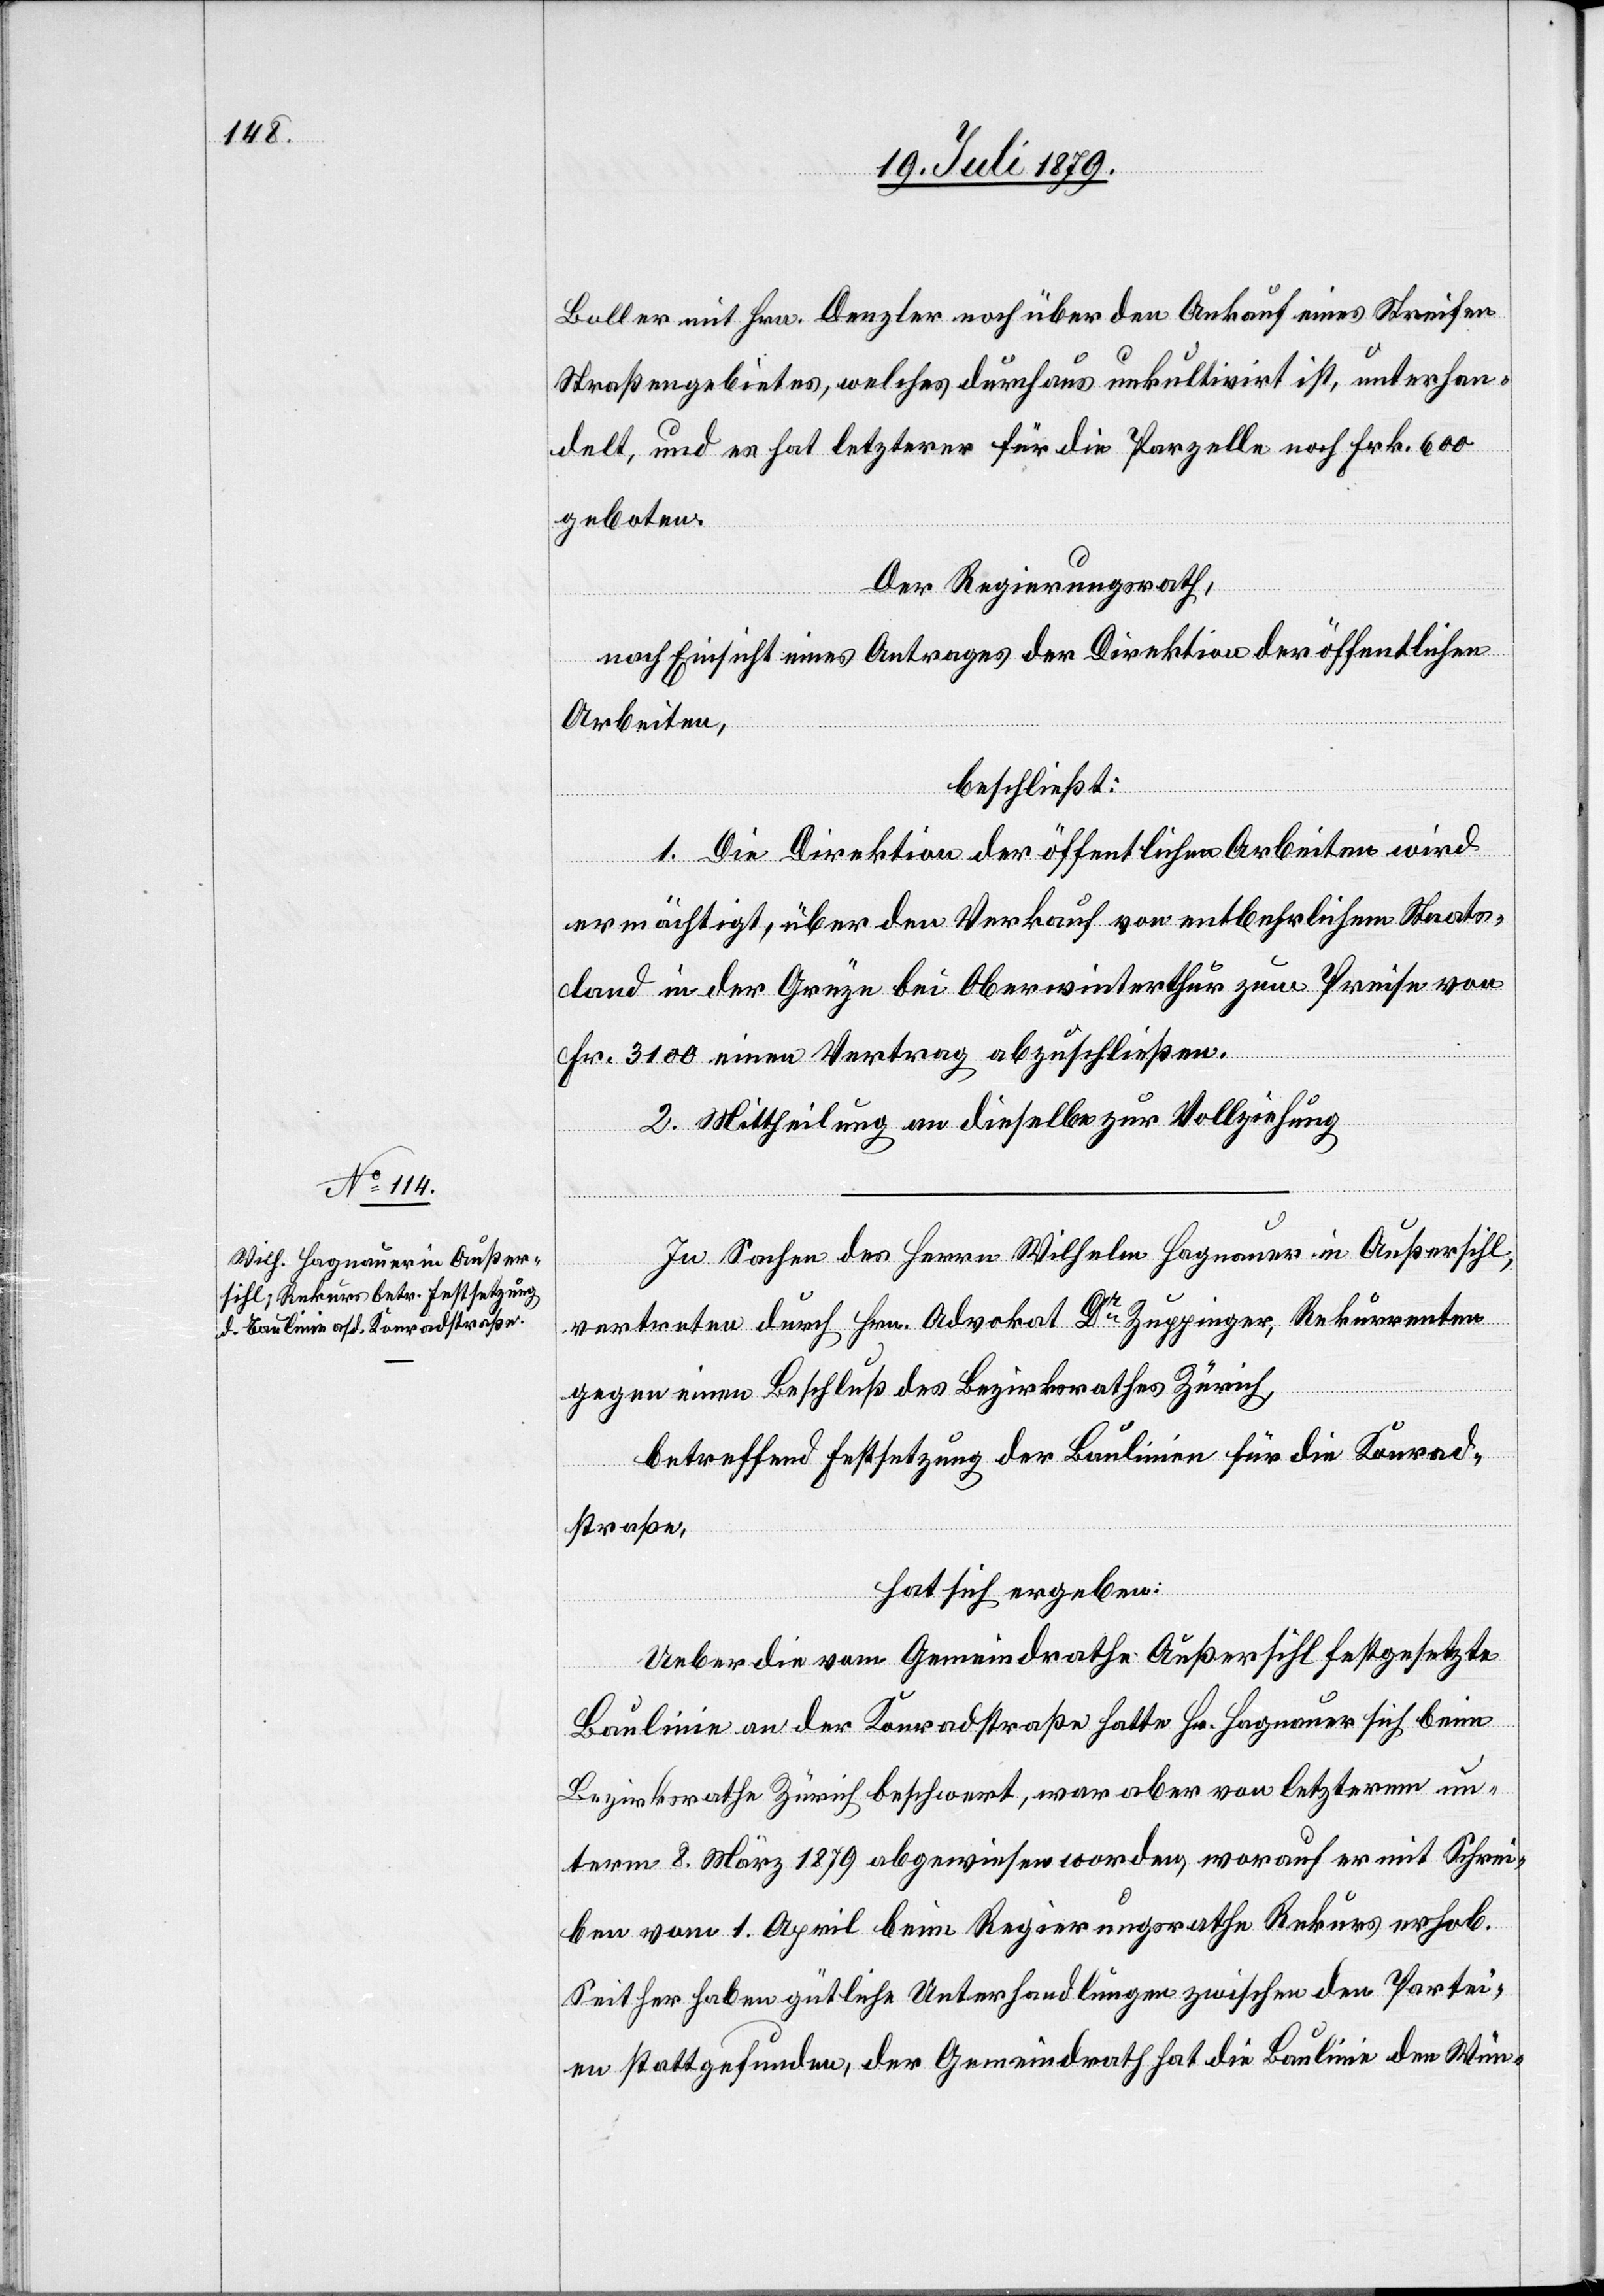
Boller mit Hrn. Denzler noch über den Ankauf eines Streifen
Straßengebietes, welches durchaus unkultivirt ist, unterhan¬
delt, und es hat letzterer für die Parzelle noch Frk. 600
geboten.
Der Regierungsrath,
nach Einsicht eines Antrages der Direktion der öffentlichen
Arbeiten,
beschließt:
1. Die Direktion der öffentlichen Arbeiten wird
ermächtigt, über den Verkauf von entbehrlichem Staats¬
land in der Grüze bei Oberwinterthur zum Preise von
Fr. 3100 einen Vertrag abzuschließen.
2. Mittheilung an dieselbe zur Vollziehung.
In Sachen des Herrn Wilhelm Hagnauer in Außersihl,
vertreten durch Hrn. Advokat Dr Zuppinger, Rekurrenten
gegen einen Beschluß des Bezirksrathes Zürich,
betreffend Festsetzung der Baulinien für die Konrad¬
straße,
hat sich ergeben:
Ueber die vom Gemeindrathe Außersihl festgesetzte
Baulinie an der Konradstraße hatte Hr. Hagnauer sich beim
Bezirksrathe Zürich beschwert, war aber von letzterem un¬
term 8. März 1879 abgewiesen worden, worauf er mit Schrei¬
ben vom 1. April beim Regierungsrathe Rekurs erhob.
Seither haben gütliche Unterhandlungen zwischen den Partei¬
en stattgefunden, der Gemeindrath hat die Baulinie den Wün-